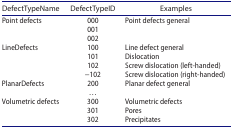
| DefectTypeName | DefectTypeID | Examples |
 | --- | --- | --- |
 | Point defects | 000 | Point defects general |
 |  | 001 |  |
 |  | 002 |  |
 | LineDefects | 100 | Line defect general |
 |  | 101 | Dislocation |
 |  | 102 | Screw dislocation (left-handed) |
 |  | −102 | Screw dislocation (right-handed) |
 | PlanarDefects | 200 | Planar defect general |
 |  | ... |  |
 | Volumetric defects | 300 | Volumetric defects |
 |  | 301 | Pores |
 |  | 302 | Precipitates |